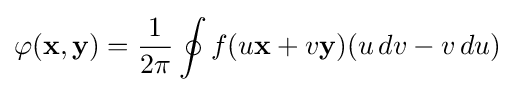
\varphi (\mathbf {x} ,\mathbf {y} )={\frac {1}{2\pi }}\oint f(u\mathbf {x} +v\mathbf {y} )(u\,dv-v\,du)